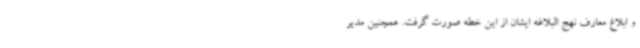
و ابلاغ معارف نهج البلاغه ایشان از این خطه صورت گرفت. همچنین مدیر